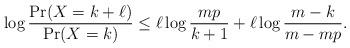
LaTeX: \begin{align*} \log \frac{\Pr(X = k + \ell)}{\Pr(X = k)} \le \ell \log \frac{mp}{k+1} + \ell \log \frac{m-k}{m-mp}. \end{align*}